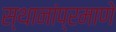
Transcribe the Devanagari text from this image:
स्थानांप्रमाणे